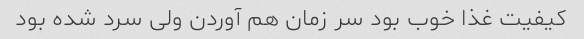
کیفیت غذا خوب بود سر زمان هم آوردن ولی سرد شده بود